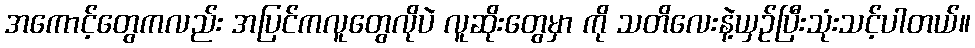
အကောင့်တွေကလည်း အပြင်ကလူတွေလိုပဲ လူဆိုးတွေမှာ ကို သတိလေးနဲ့ယှဉ်ပြီးသုံးသင့်ပါတယ်။